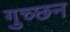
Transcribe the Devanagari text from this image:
गुच्छन